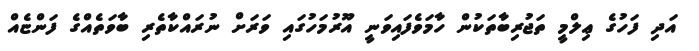
އަދި ފަހުގެ ޢިލްމީ ތަޖުރިބާތަކުން ހާމަވެފައިވަނީ އޫރުމަހުގައި ވަރަށް ނުރައްކާތެރި ބާވަތެއްގެ ފަންޏެއް